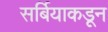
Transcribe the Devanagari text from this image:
सर्बियाकडून